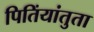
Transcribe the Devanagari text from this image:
पितिंयांतुता